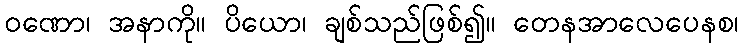
ဝဏော၊ အနာကို။ ပိယော၊ ချစ်သည်ဖြစ်၍။ တေနအာလေပေနစ၊